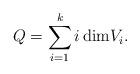
LaTeX: \begin{align*}Q= \sum_{i=1}^k i\, {\rm dim} V_i.\end{align*}